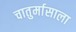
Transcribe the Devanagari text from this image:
चातुर्मासाला